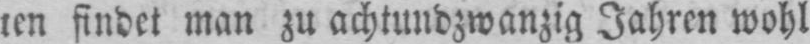
ten findet man zu achtundzwanzig Jahren wohl